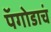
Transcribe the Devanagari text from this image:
पॅगोडाचं